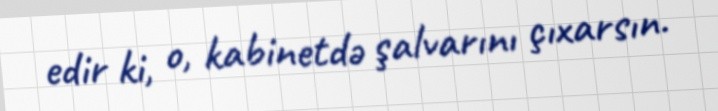
edir ki, o, kabinetdə şalvarını çıxarsın.